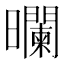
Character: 𰖻